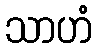
သာဟံ